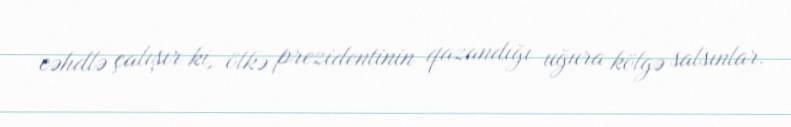
cəhdlə çalışır ki, ölkə prezidentinin qazandığı uğura kölgə salsınlar.